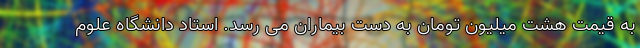
به قیمت هشت میلیون تومان به دست بیماران می رسد. استاد دانشگاه علوم